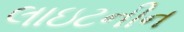
લાઇટનીન